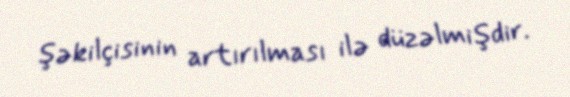
şəkilçisinin artırılması ilə düzəlmişdir.